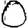
Digit: 0